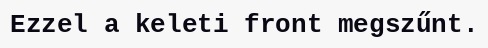
Ezzel a keleti front megszűnt.